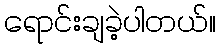
ရောင်းချခဲ့ပါတယ်။